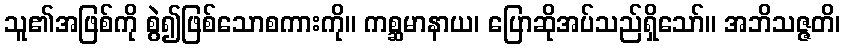
သူ၏အဖြစ်ကို စွဲ၍ဖြစ်သောစကားကို။ ကစ္ဆမာနာယ၊ ပြောဆိုအပ်သည်ရှိသော်။ အဘိသဇ္ဇတိ၊